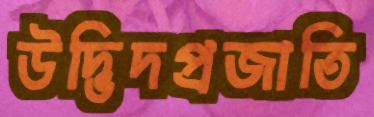
উদ্ভিদপ্রজাতি